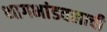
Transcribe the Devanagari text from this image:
भागभांडवलाची